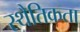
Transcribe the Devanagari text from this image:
स्थैतिकता